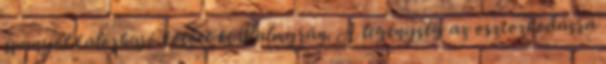
spanyol kalózhajó kötött ki Palmyrán. A legénység az osztozkodásra